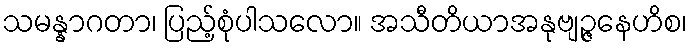
သမန္နာဂတာ၊ ပြည့်စုံပါသလော။ အသီတိယာအနုဗျဉ္ဇနေဟိစ၊